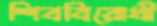
শিববিরোধী